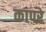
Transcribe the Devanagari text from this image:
कापरे